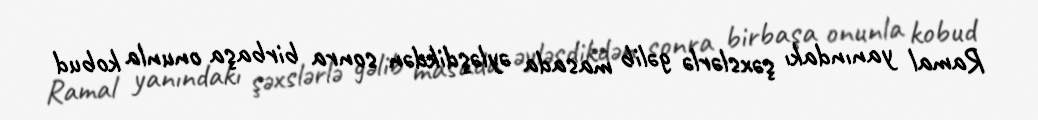
Ramal yanındakı şəxslərlə gəlib masada əyləşdikdən sonra birbaşa onunla kobud